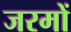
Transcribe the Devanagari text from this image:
जरमों